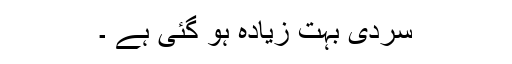
سردی بہت زیادہ ہو گئی ہے ۔